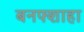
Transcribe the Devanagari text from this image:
बनफ्शाहा